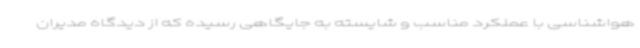
هواشناسی با عملکرد مناسب و شایسته به جایگاهی رسیده که از دیدگاه مدیران